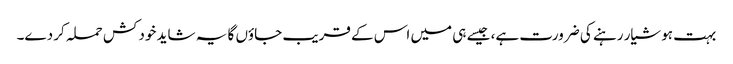
بہت ہوشیار رہنے کی ضرورت ہے، جیسے ہی میں اس کے قریب جاؤں گا یہ شاید خود کش حملہ کر دے۔